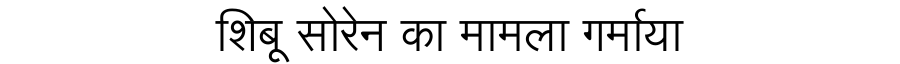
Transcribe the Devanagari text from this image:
शिबू सोरेन का मामला गर्माया